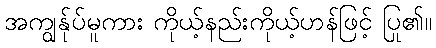
အကျွန်ုပ်မူကား ကိုယ့်နည်းကိုယ့်ဟန်ဖြင့် ပြု၏။